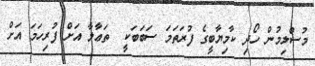
މުސްލިމުން ހޯދި ކާމިޔާބީގެ ފުރަތަމަ ސަބަބަކީ  ތަޢާލާ އަށް ފުރިހަމަ އަށް